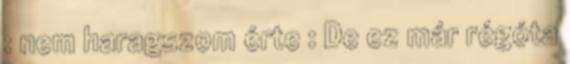
: nem haragszom érte : De ez már régóta